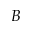
B